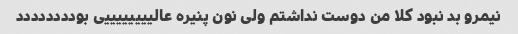
نیمرو بد نبود کلا من دوست نداشتم ولی نون پنیره عالییییییییی بودددددددد